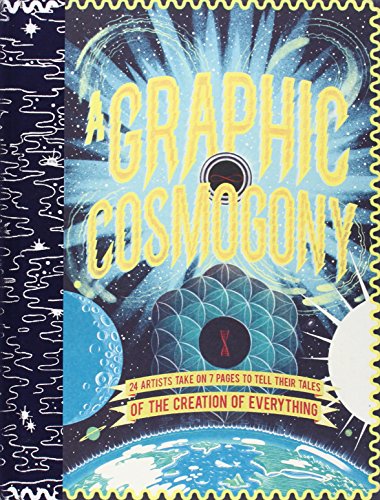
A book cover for A Graphic Cosmogony; Comics & Graphic Novels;